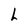
Character: L